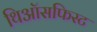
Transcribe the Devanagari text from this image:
थिऑसफिस्ट